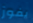
يفوز